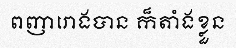
ពញារោងបាន ក៏តាំងខ្លួន